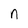
Character: n